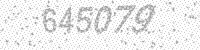
Solution: 645079